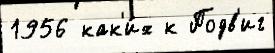
1956 как'и́х к Подв'иг